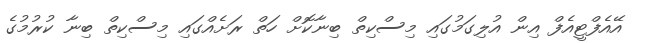
އޭއެފްޓީއެފް އިން އުލިގަމުގައި މިސްކިތް ބިނާކޮށް ހަތް ރަށެއްގައި މިސްކިތް ބިނާ ކުރުމުގެ